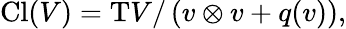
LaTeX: \operatorname{Cl}(V)=\mathrm{T}V/\left(v\otimes v+q(v)\right),